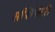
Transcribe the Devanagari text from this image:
सप्लिमेंटरी